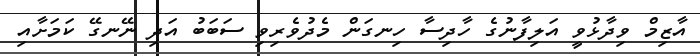
އާޒިމް ވިދާޅުވީ އަލިފާނުގެ ހާދިސާ ހިނގަން މެދުވެރިވި ސަބަބު އަދި ނޭނގޭ ކަމަށާއި